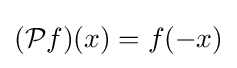
({\mathcal {P}}f)(x)=f(-x)